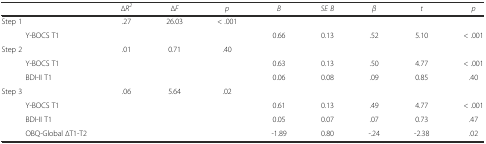
<table><thead><tr><td></td><td><b>∆<i>R</i><sup><i>2</i></sup></b></td><td><b>∆<i>F</i></b></td><td><b><i>p</i></b></td><td><b><i>B</i></b></td><td><b><i>SE B</i></b></td><td><b><i>β</i></b></td><td><b><i>t</i></b></td><td><b><i>p</i></b></td></tr></thead><tbody><tr><td>Step 1</td><td>.27</td><td>26.03</td><td>&lt; .001</td><td></td><td></td><td></td><td></td><td></td></tr><tr><td>Y-BOCS T1</td><td></td><td></td><td></td><td>0.66</td><td>0.13</td><td>.52</td><td>5.10</td><td>&lt; .001</td></tr><tr><td>Step 2</td><td>.01</td><td>0.71</td><td>.40</td><td></td><td></td><td></td><td></td><td></td></tr><tr><td>Y-BOCS T1</td><td></td><td></td><td></td><td>0.63</td><td>0.13</td><td>.50</td><td>4.77</td><td>&lt; .001</td></tr><tr><td>BDI-II T1</td><td></td><td></td><td></td><td>0.06</td><td>0.08</td><td>.09</td><td>0.85</td><td>.40</td></tr><tr><td>Step 3</td><td>.06</td><td>5.64</td><td>.02</td><td></td><td></td><td></td><td></td><td></td></tr><tr><td>Y-BOCS T1</td><td></td><td></td><td></td><td>0.61</td><td>0.13</td><td>.49</td><td>4.77</td><td>&lt; .001</td></tr><tr><td>BDI-II T1</td><td></td><td></td><td></td><td>0.05</td><td>0.07</td><td>.07</td><td>0.73</td><td>.47</td></tr><tr><td>OBQ-Global ∆T1-T2</td><td></td><td></td><td></td><td>-1.89</td><td>0.80</td><td>-.24</td><td>-2.38</td><td>.02</td></tr></tbody></table>